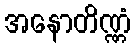
အနောတိဏ္ဏံ